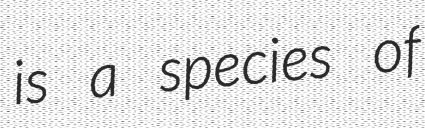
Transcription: is a species of